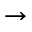
\rightarrow